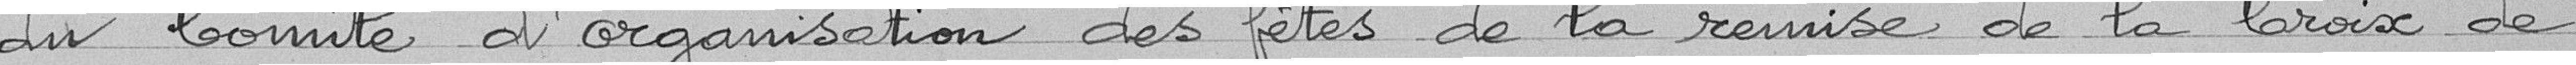
du comité d'organisation des fêtes de la remis de la croix de